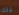
ذلك